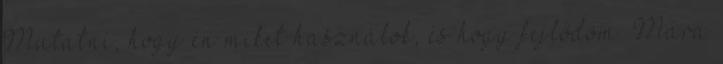
Mutatni, hogy én miket használok, és hogy fejlődöm. Mára